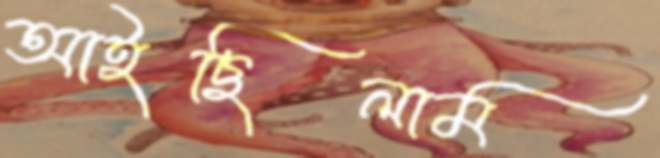
আইছিলাম